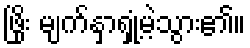
ဖြိုး မျက်နှာရှုံ့မဲ့သွား၏။